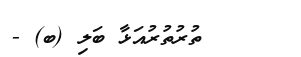
ތުރުތުރުއަޅާ ބަލި (ބ) -